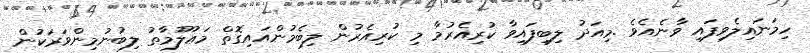
ހިމަނައިލެވިފައި ވާނެއެވެ .މިއަދު ލިބިފައިވާ ކުރިއެރުމާ މި ކުރިއެރުން ލިބެމުންއައިގޮތް މަޢުލޫމާތު ލިބުނުމިންވަރަކުން